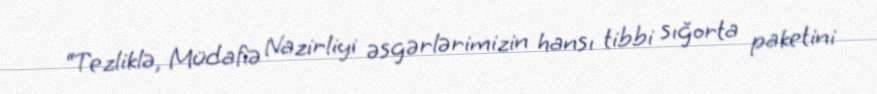
“Tezliklə, Müdafiə Nazirliyi əsgərlərimizin hansı tibbi sığorta paketini